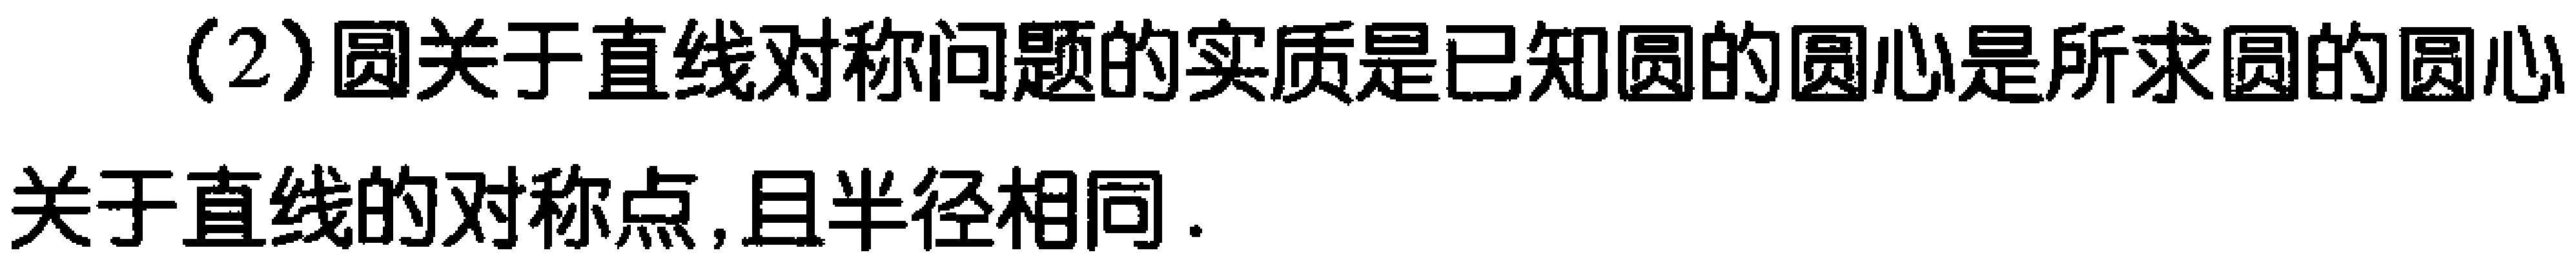
(2)圆关于直线对称问题的实质是已知圆的圆心是所求圆的圆心关于直线的对称点,且半径相同.